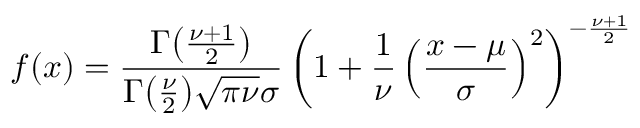
f ( x ) = { \frac { \Gamma { \bigl ( } { \frac { \nu + 1 } { 2 } } { \bigr ) } } { \Gamma { \bigl ( } { \frac { \nu } { 2 } } { \bigr ) } { \sqrt { \pi \nu } } \sigma } } \left( 1 + { \frac { 1 } { \nu } } \left( { \frac { x - \mu } { \sigma } } \right) ^ { 2 } \right) ^ { - { \frac { \nu + 1 } { 2 } } }